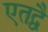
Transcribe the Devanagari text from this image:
एतद्वै